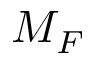
M _ { F }